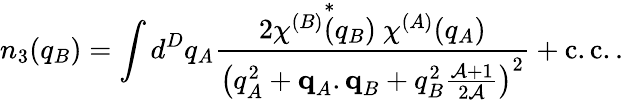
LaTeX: n_{3}(q_{B})=\int d^{D}q_{A}\frac{2\chi^{(B)}\overset{*}{(}q_{B})\ \chi^{(A)}(q_{A})}{\left(q_{A}^{2}+\textbf{q}_{A}.\textbf{q}_{B}+q_{B}^{2}\frac{\mathcal{A}+1}{2\mathcal{A}}\right)^{2}}+\mathrm{c.c.}\, .